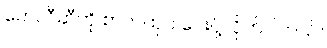
ဟေလီဆီကို စာတထုပ် ပေးပို့လိုက်ပါတယ်။